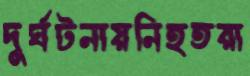
দুর্ঘটনায়নিহতরা